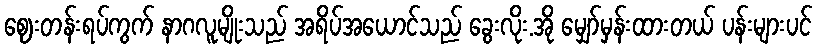
ဈေးတန်းရပ်ကွက် နာဂလူမျိုးသည် အရိပ်အယောင်သည် ခွေးလိုး.အို မျှော်မှန်းထားတယ် ပန်းများပင်